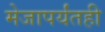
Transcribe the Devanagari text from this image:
मेजापर्यंतही